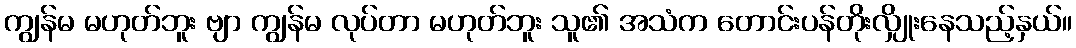
ကျွန်မ မဟုတ်ဘူး ဗျာ ကျွန်မ လုပ်တာ မဟုတ်ဘူး သူ၏ အသံက တောင်းပန်တိုးလျှိုးနေသည့်နှယ်။